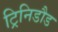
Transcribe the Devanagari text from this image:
ट्रिनिडौड